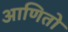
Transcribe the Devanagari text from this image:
आणितो